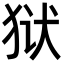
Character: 狱